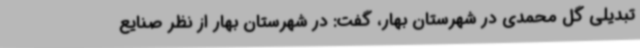
تبدیلی گل محمدی در شهرستان بهار، گفت: در شهرستان بهار از نظر صنایع